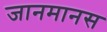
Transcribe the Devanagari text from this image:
जानमानस